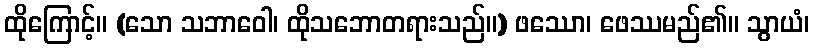
ထိုကြောင့်။ (သော သဘာဝေါ၊ ထိုသဘောတရားသည်။) ဖဿော၊ ဖေဿမည်၏။ သွာယံ၊